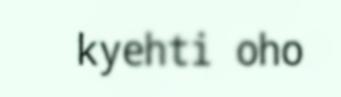
kyehti oho